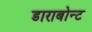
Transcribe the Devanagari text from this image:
डाराबोन्ट